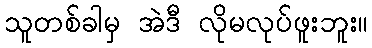
သူတစ်ခါမှ အဲဒီ လိုမလုပ်ဖူးဘူး။